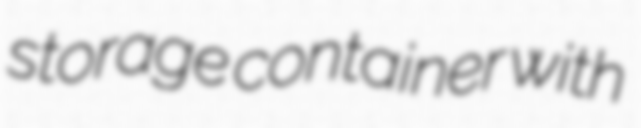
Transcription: storage container with